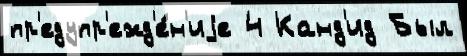
пр'едупр'ежд'е́н'иjе 4 Канд'ид Был